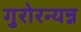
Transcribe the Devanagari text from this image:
गुरोरन्यन्न